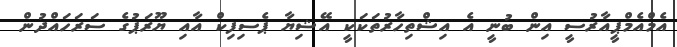
އެމްއެމްޕީއާރުސީ އިން ބުނީ އެ އިޝްތިހާރުތަކަކީ އޭޝިޔާ ޕެސިފިކް އާއި ޔޫރަޕުގެ ސަރަހައްދުން